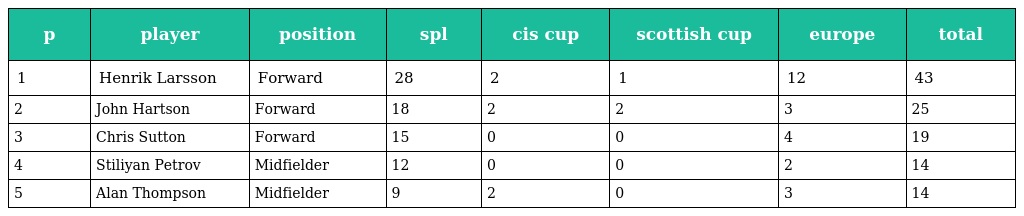
| p | player | position | spl | cis cup | scottish cup | europe | total |
 | --- | --- | --- | --- | --- | --- | --- | --- |
 | 1 | Henrik Larsson | Forward | 28 | 2 | 1 | 12 | 43 |
 | 2 | John Hartson | Forward | 18 | 2 | 2 | 3 | 25 |
 | 3 | Chris Sutton | Forward | 15 | 0 | 0 | 4 | 19 |
 | 4 | Stiliyan Petrov | Midfielder | 12 | 0 | 0 | 2 | 14 |
 | 5 | Alan Thompson | Midfielder | 9 | 2 | 0 | 3 | 14 |